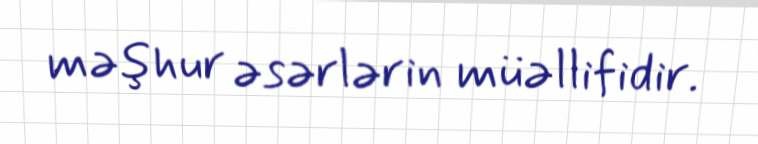
məşhur əsərlərin müəllifidir.